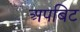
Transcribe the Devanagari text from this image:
अपबिट